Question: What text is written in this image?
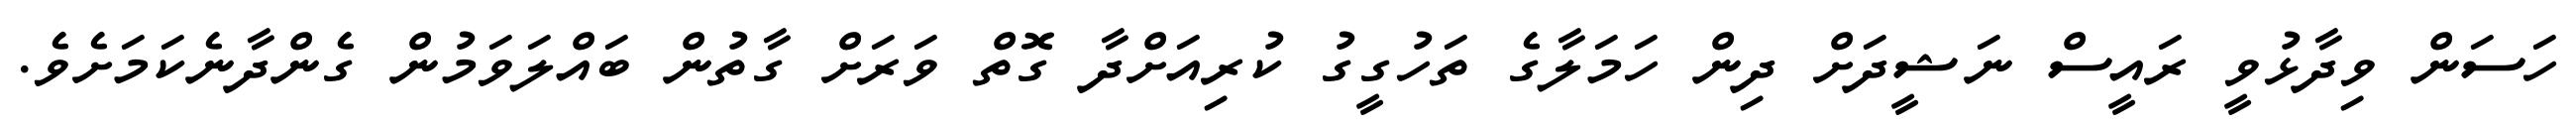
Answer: ހަސަން ވިދާޅުވީ ރައީސް ނަޝީދަށް ދިން ހަމަލާގެ ތަހުގީގު ކުރިއަށްދާ ގޮތް ވަރަށް ގާތުން ބައްލަވަމުން ގެންދާނެކަމަށެވެ.